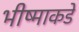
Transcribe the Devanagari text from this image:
भीष्माकडे